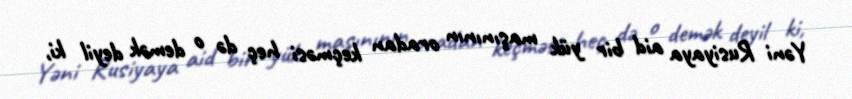
Yəni Rusiyaya aid bir yük maşınının oradan keçməsi heç də o demək deyil ki,